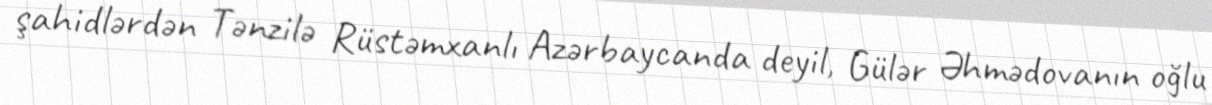
şahidlərdən Tənzilə Rüstəmxanlı Azərbaycanda deyil, Gülər Əhmədovanın oğlu